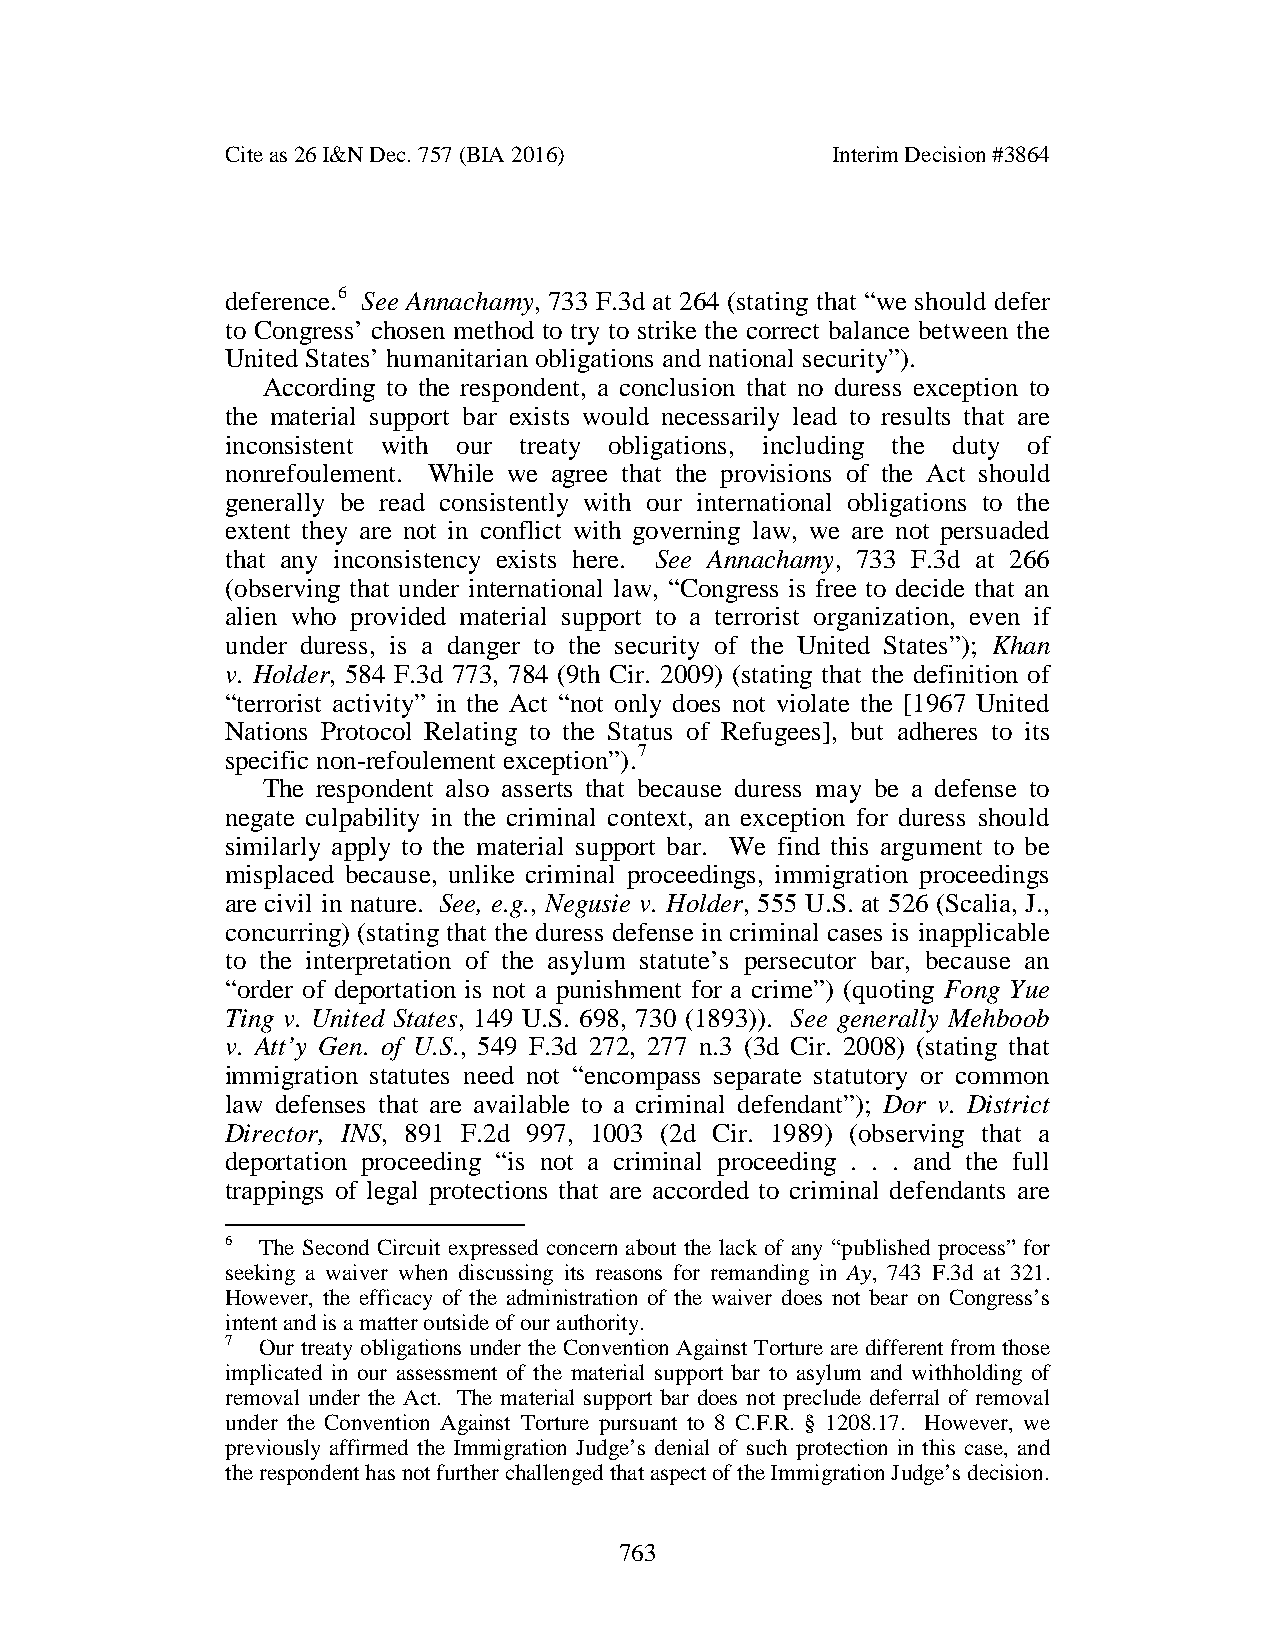
Cite as 26 I&N Dec. 757 (BIA 2016)      Interim Decision #3864
 deference.6 See Annachamy, 733 F.3d at 264 (stating that “we should defer
 to Congress’ chosen method to try to strike the correct balance between the
 United States’ humanitarian obligations and national security”).
 According to the respondent, a conclusion that no duress exception to
 the material support bar exists would necessarily lead to results that are
 inconsistent with our treaty obligations, including the duty of
 nonrefoulement. While we agree that the provisions of the Act should
 generally be read consistently with our international obligations to the
 extent they are not in conflict with governing law, we are not persuaded
 that any inconsistency exists here. See Annachamy, 733 F.3d at 266
 (observing that under international law, “Congress is free to decide that an
 alien who provided material support to a terrorist organization, even if
 under duress, is a danger to the security of the United States”); Khan
 v. Holder, 584 F.3d 773, 784 (9th Cir. 2009) (stating that the definition of
 “terrorist activity” in the Act “not only does not violate the [1967 United
 Nations Protocol Relating to the Status of Refugees], but adheres to its
 specific non-refoulement exception”).7
 The respondent also asserts that because duress may be a defense to
 negate culpability in the criminal context, an exception for duress should
 similarly apply to the material support bar. We find this argument to be
 misplaced because, unlike criminal proceedings, immigration proceedings
 are civil in nature. See, e.g., Negusie v. Holder, 555 U.S. at 526 (Scalia, J.,
 concurring) (stating that the duress defense in criminal cases is inapplicable
 to the interpretation of the asylum statute’s persecutor bar, because an
 “order of deportation is not a punishment for a crime”) (quoting Fong Yue
 Ting v. United States, 149 U.S. 698, 730 (1893)). See generally Mehboob
 v. Att’y Gen. of U.S., 549 F.3d 272, 277 n.3 (3d Cir. 2008) (stating that
 immigration statutes need not “encompass separate statutory or common
 law defenses that are available to a criminal defendant”); Dor v. District
 Director, INS, 891 F.2d 997, 1003 (2d Cir. 1989) (observing that a
 deportation proceeding “is not a criminal proceeding . . . and the full
 trappings of legal protections that are accorded to criminal defendants are
 6 The Second Circuit expressed concern about the lack of any “published process” for
 seeking a waiver when discussing its reasons for remanding in Ay, 743 F.3d at 321.
 However, the efficacy of the administration of the waiver does not bear on Congress’s
 intent and is a matter outside of our authority.
 7 Our treaty obligations under the Convention Against Torture are different from those
 implicated in our assessment of the material support bar to asylum and withholding of
 removal under the Act. The material support bar does not preclude deferral of removal
 under the Convention Against Torture pursuant to 8 C.F.R. § 1208.17. However, we
 previously affirmed the Immigration Judge’s denial of such protection in this case, and
 the respondent has not further challenged that aspect of the Immigration Judge’s decision.
 763